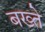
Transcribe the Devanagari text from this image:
बख्ते